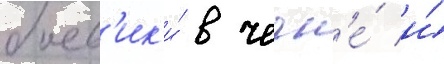
боев'ик'и́ в чечн'е́ и́